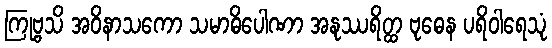
ကြုဗ္ဗသိ အဝိနာသကော သမာဓိပေါဏာ အနုဿရိတ္ထ ဗုဓေန ပရိဝါရေသုံ